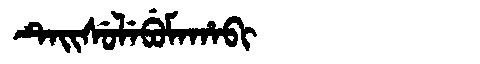
Manchu: ᡨᡝᡳᠰᡠᠯᡝᠪᡠᠮᠠᡥᠠᠪᡳ
Romanization: TEISULEBUMAHABI